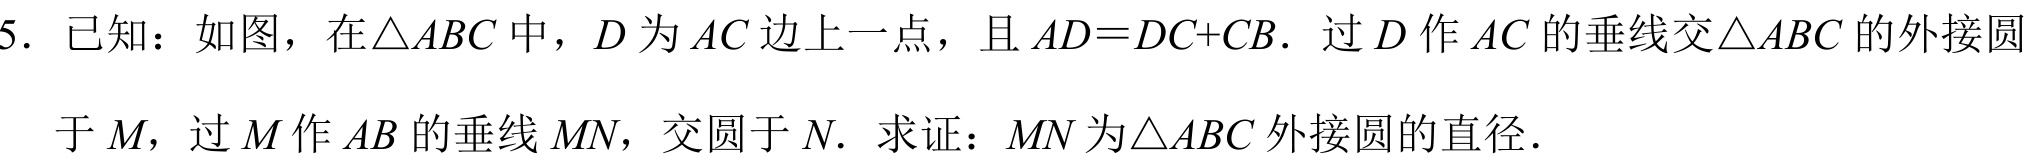
5. 已知：如图，在\(\triangle ABC\) 中，\(D\) 为 \(AC\) 边上一点，且 \(AD = DC + CB\). 过 \(D\) 作 \(AC\) 的垂线交\(\triangle ABC\) 的外接圆于 \(M\)，过 \(M\) 作 \(AB\) 的垂线 \(MN\)，交圆于 \(N\). 求证：\(MN\) 为\(\triangle ABC\) 外接圆的直径.